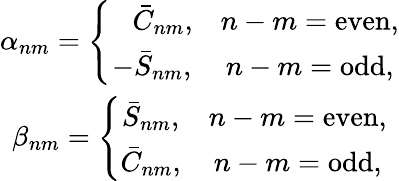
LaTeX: \begin{array}{c}{\alpha_{nm}=\left\{ \begin{array}{cc}{\phantom{-}\bar{C}_{nm},}&{n-m=\mathrm{even},}\\ {-\bar{S}_{nm},}&{n-m=\mathrm{odd},}\end{array}\right.}\\ {\beta_{nm}=\left\{ \begin{array}{cc}{\bar{S}_{nm},}&{n-m=\mathrm{even},}\\ {\bar{C}_{nm},}&{n-m=\mathrm{odd},}\end{array}\right.}\end{array}